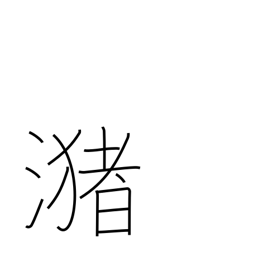
Meaning: a pool